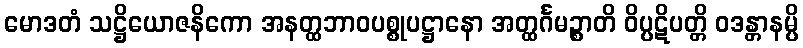
မောဒတံ သဋ္ဌိယောဇနိကော အနတ္ထဘာဝပစ္စုပဋ္ဌာနော အတ္ထင်္ဂမဉ္စာတိ ဝိပ္ပဋိပတ္တိ ဝဒန္တာနမ္ပိ